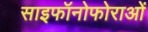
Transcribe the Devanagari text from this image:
साइफॉनोफोराओं